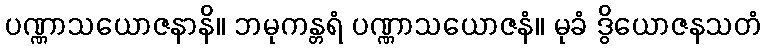
ပဏ္ဏာသယောဇနာနိ။ ဘမုကန္တရံ ပဏ္ဏာသယောဇနံ။ မုခံ ဒွိယောဇနသတံ